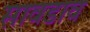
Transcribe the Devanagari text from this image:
सावडाव